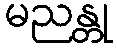
မညန္တု